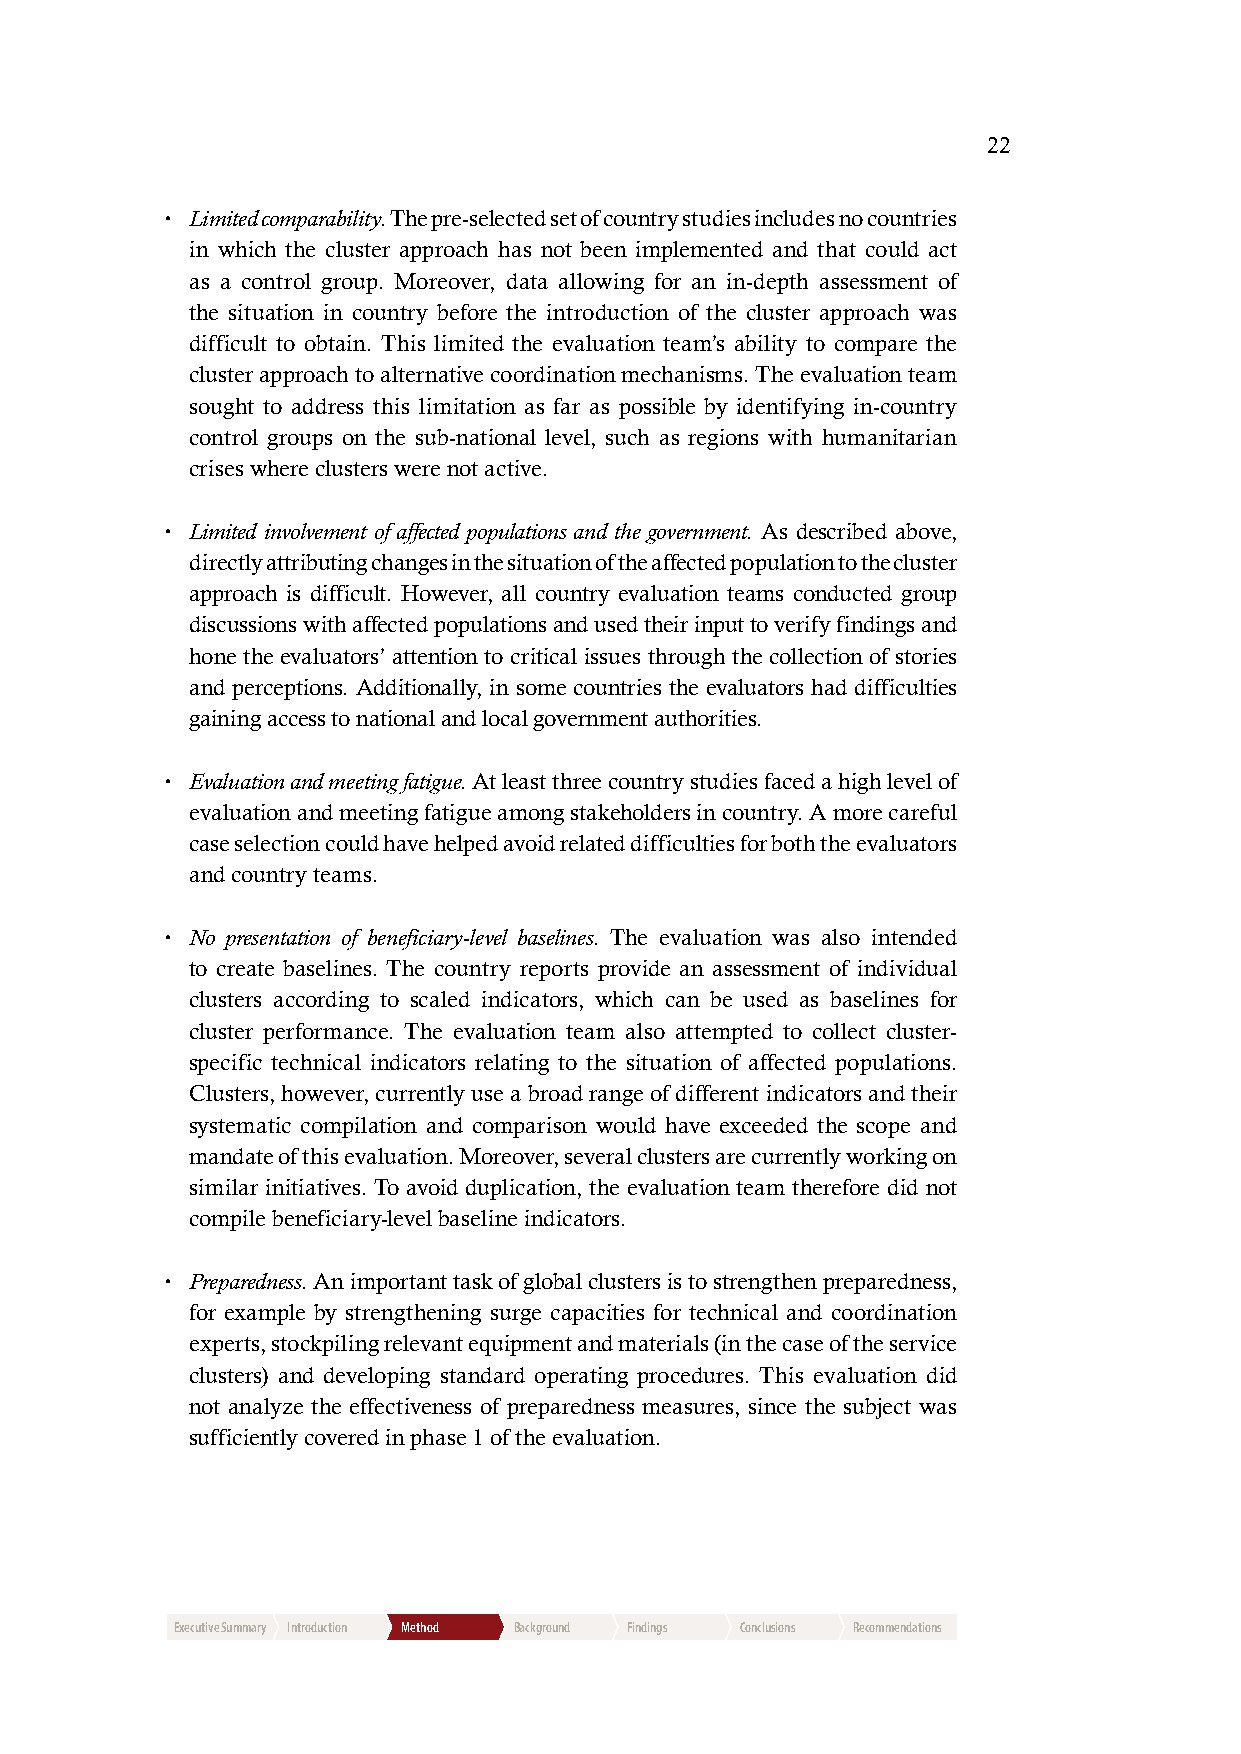
22
 • Limited comparability. The pre-selected set of country studies includes no countries
 in which the cluster approach has not been implemented and that could act
 as a control group. Moreover, data allowing for an in-depth assessment of
 the situation in country before the introduction of the cluster approach was
 difficult to obtain. This limited the evaluation team’s ability to compare the
 cluster approach to alternative coordination mechanisms. The evaluation team
 sought to address this limitation as far as possible by identifying in-country
 control groups on the sub-national level, such as regions with humanitarian
 crises where clusters were not active.
 • Limited involvement of affected populations and the government. As described above,
 directly attributing changes in the situation of the affected population to the cluster
 approach is difficult. However, all country evaluation teams conducted group
 discussions with affected populations and used their input to verify findings and
 hone the evaluators’ attention to critical issues through the collection of stories
 and perceptions. Additionally, in some countries the evaluators had difficulties
 gaining access to national and local government authorities.
 • Evaluation and meeting fatigue. At least three country studies faced a high level of
 evaluation and meeting fatigue among stakeholders in country. A more careful
 case selection could have helped avoid related difficulties for both the evaluators
 and country teams.
 • No presentation of beneficiary-level baselines. The evaluation was also intended
 to create baselines. The country reports provide an assessment of individual
 clusters according to scaled indicators, which can be used as baselines for
 cluster performance. The evaluation team also attempted to collect cluster-
 specific technical indicators relating to the situation of affected populations.
 Clusters, however, currently use a broad range of different indicators and their
 systematic compilation and comparison would have exceeded the scope and
 mandate of this evaluation. Moreover, several clusters are currently working on
 similar initiatives. To avoid duplication, the evaluation team therefore did not
 compile beneficiary-level baseline indicators.
 • Preparedness. An important task of global clusters is to strengthen preparedness,
 for example by strengthening surge capacities for technical and coordination
 experts, stockpiling relevant equipment and materials (in the case of the service
 clusters) and developing standard operating procedures. This evaluation did
 not analyze the effectiveness of preparedness measures, since the subject was
 sufficiently covered in phase 1 of the evaluation.
 Executive Summary Introduction Method Background Findings Conclusions Recommendations